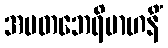
အမတဘေရိမာဟနိံ